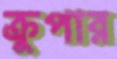
ক্রুপার